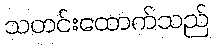
သတင်းထောက်သည်